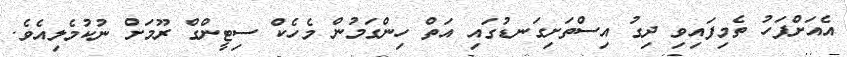
އެއަށްފަހު ތެމިފައިވި ދިގު އިސްތަށިގަނޑުގައި އަތް ހިންގަމުން މެހެކް ސިޓީންގް ރޫމަށް ނުކުމެލިއެވެ.